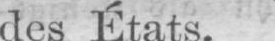
des États.